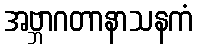
အဗ္ဘာဂတာနာသနကံ